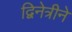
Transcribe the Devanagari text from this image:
द्विनेत्रीने